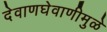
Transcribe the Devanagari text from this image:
देवाणघेवाणीमुळे